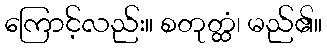
ကြောင့်လည်း။ စတုတ္ထံ၊ မည်၏။